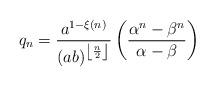
LaTeX: \begin{align*}q_{n}=\dfrac{a^{1-\xi \left( n\right) }}{\left(ab\right) ^{\left\lfloor \frac{n}{2}\right\rfloor }}\left( \dfrac{\alpha^{n}-\beta ^{n}}{\alpha -\beta }\right) \end{align*}